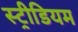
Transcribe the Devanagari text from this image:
स्ट्रीडियम